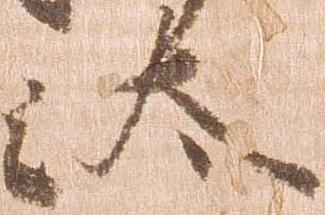
汰